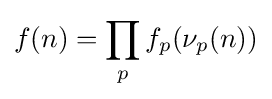
f(n)=\prod _{p}f_{p}(\nu _{p}(n))